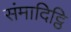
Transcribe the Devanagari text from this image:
संमादिट्ठि